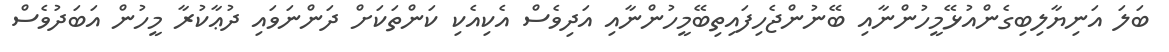
ބަލަ އަނިޔާލިބިގެންއުޅޭމީހުންނާއި ބޭނުންޖެހިފައިތިބޭމީހުންނާއި އަދިވެސް އެކިއެކި ކަންތަކަށް ދަންނަވައި ދުޢާކުރާ މީހުން އަބަދުވެސް